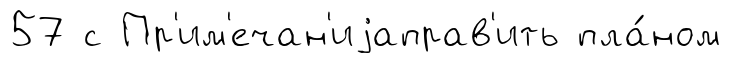
57 с Пр'им'ечан'иjаправ'ить пла́ном